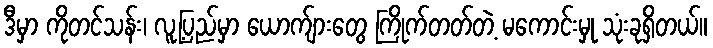
ဒီမှာ ကိုတင်သန်း၊ လူ့ပြည်မှာ ယောက်ျားတွေ ကြိုက်တတ်တဲ့ မကောင်းမှု သုံးခုရှိတယ်။